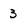
Character: 3